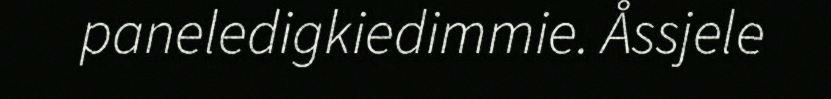
paneledigkiedimmie. Åssjele